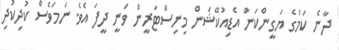
ދާނެ ކަމުގެ ޔަގީންކަން އެޑިއުކޭޝަން މިނިސްޓަރީން ވަނީ ދީފަ އެވެ. ނަމަވެސް ކުދިކުދި